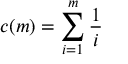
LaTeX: c ( m ) = \sum _ { i = 1 } ^ { m } { \frac { 1 } { i } }